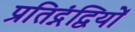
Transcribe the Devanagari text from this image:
प्रतिद्नंद्वियों